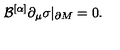
{ \cal B } ^ { [ \alpha ] } \partial _ { \mu } \sigma | _ { \partial M } = 0 .